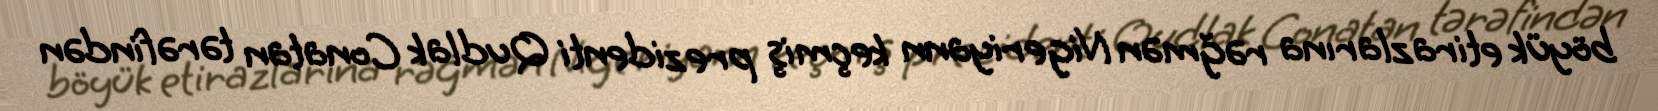
böyük etirazlarına rəğmən Nigeriyann keçmiş prezidenti Qudlak Conatan tərəfindən